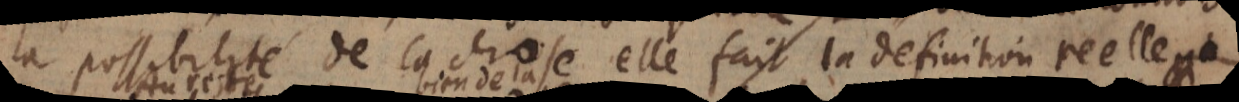
la possibilité de la chose elle fait la definition reelle.